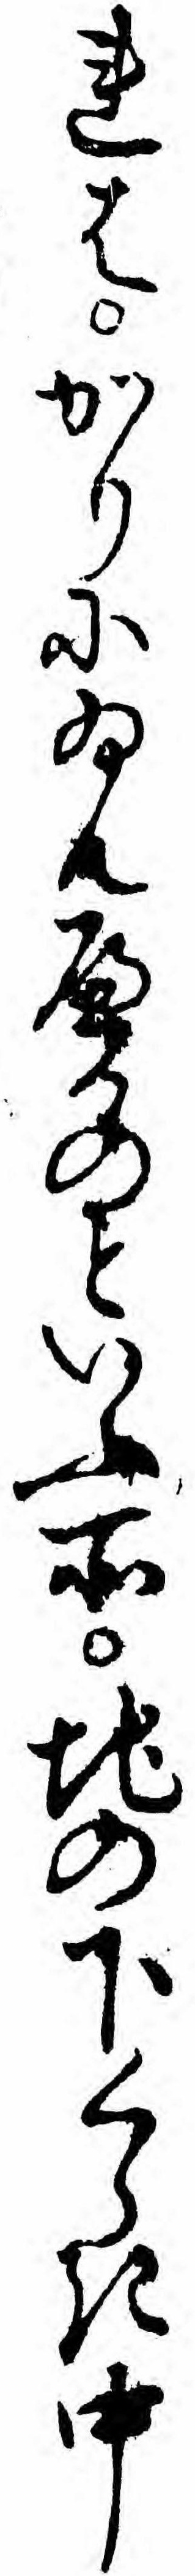
れはかりにゐんへるのといふ所地の下くらき中